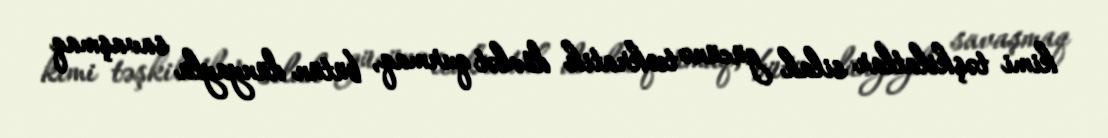
kimi təşkilatlar silah gücünə teokratik dövlət qurmaq, bütün dünyayla savaşmaq